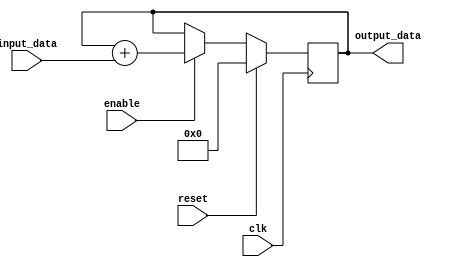
module parallel_accumulator (
    input wire clk,
    input wire reset,
    input wire [7:0] input_data,
    input wire enable,
    output reg [15:0] output_data
);

reg [15:0] accumulator_reg;

always @(posedge clk) begin
    if (reset) begin
        accumulator_reg <= 16'h0000;
    end else if (enable) begin
        accumulator_reg <= accumulator_reg + input_data;
    end
end

assign output_data = accumulator_reg;

endmodule